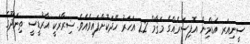
ސީނިއަރ އެޑްމިން އޮފިސަރެއްގެ މަޤާމް 22 އަހަރު ހޭދަކޮށްފައިވެއެވެ. ޟިރާރަކީ އާރުޑީސީ ތިނަދޫގެ